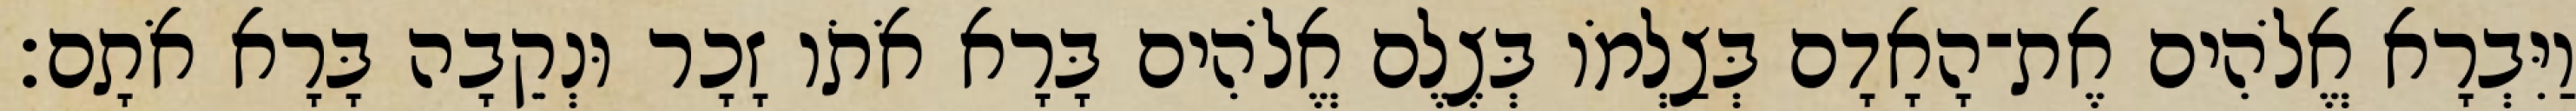
וַיִּבְרָא אֱלֹהִים אֶת־הָאָדָם בְּצַלְמֹו בְּצֶלֶם אֱלֹהִים בָּרָא אֹתֹו זָכָר וּנְקֵבָה בָּרָא אֹתָם׃